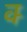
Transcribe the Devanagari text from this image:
क्‍